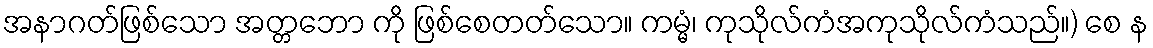
အနာဂတ်ဖြစ်သော အတ္တဘော ကို ဖြစ်စေတတ်သော။ ကမ္မံ၊ ကုသိုလ်ကံအကုသိုလ်ကံသည်။) စေ န